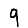
Digit: 9